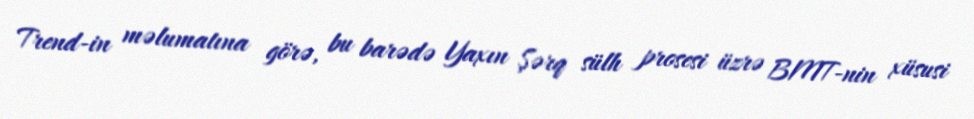
Trend-in məlumatına görə, bu barədə Yaxın Şərq sülh prosesi üzrə BMT-nin xüsusi